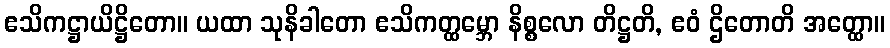
ဧသိကဋ္ဌာယိဋ္ဌိတော။ ယထာ သုနိခါတော ဧသိကတ္ထမ္ဘော နိစ္စလော တိဋ္ဌတိ, ဧဝံ ဌိတောတိ အတ္ထော။